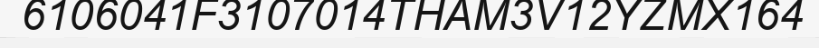
6106041F3107014THAM3V12YZMX164